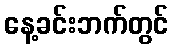
နေ့ခင်းဘက်တွင်